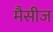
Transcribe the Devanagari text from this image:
मैसीज